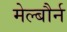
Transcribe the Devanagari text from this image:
मेल्बौर्न